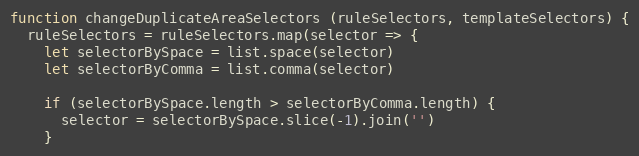
Language: JavaScript
function changeDuplicateAreaSelectors (ruleSelectors, templateSelectors) {
  ruleSelectors = ruleSelectors.map(selector => {
    let selectorBySpace = list.space(selector)
    let selectorByComma = list.comma(selector)

    if (selectorBySpace.length > selectorByComma.length) {
      selector = selectorBySpace.slice(-1).join('')
    }